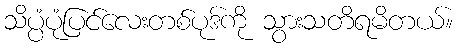
သိပ္ပံပုံပြင်လေးတစ်ပုဒ်ကို သွားသတိရမိတယ်။